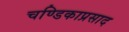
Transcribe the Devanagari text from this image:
चण्डिकाप्रसाद